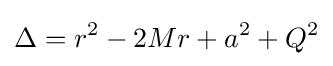
\Delta =r^{2}-2Mr+a^{2}+Q^{2}